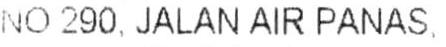
NO 290, JALAN AIR PANAS.